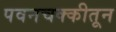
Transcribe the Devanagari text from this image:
पवनचक्कीतून